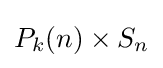
P_{k}(n)\times S_{n}